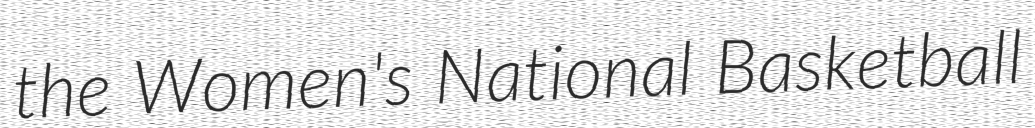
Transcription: the Women's National Basketball